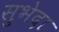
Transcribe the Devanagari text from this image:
सुभेदा